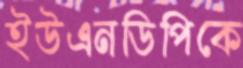
ইউএনডিপিকে